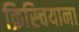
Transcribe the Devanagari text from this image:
क्रिस्चियाना